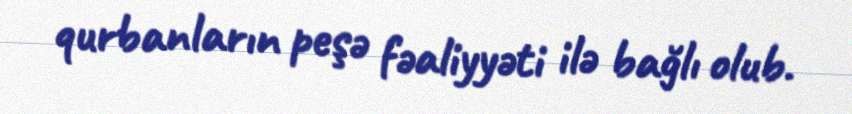
qurbanların peşə fəaliyyəti ilə bağlı olub.